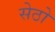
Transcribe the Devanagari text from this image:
सेठो